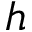
h